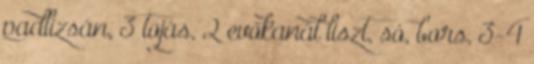
padlizsán, 3 tojás, 2 evőkanál liszt, só, bors, 3-4